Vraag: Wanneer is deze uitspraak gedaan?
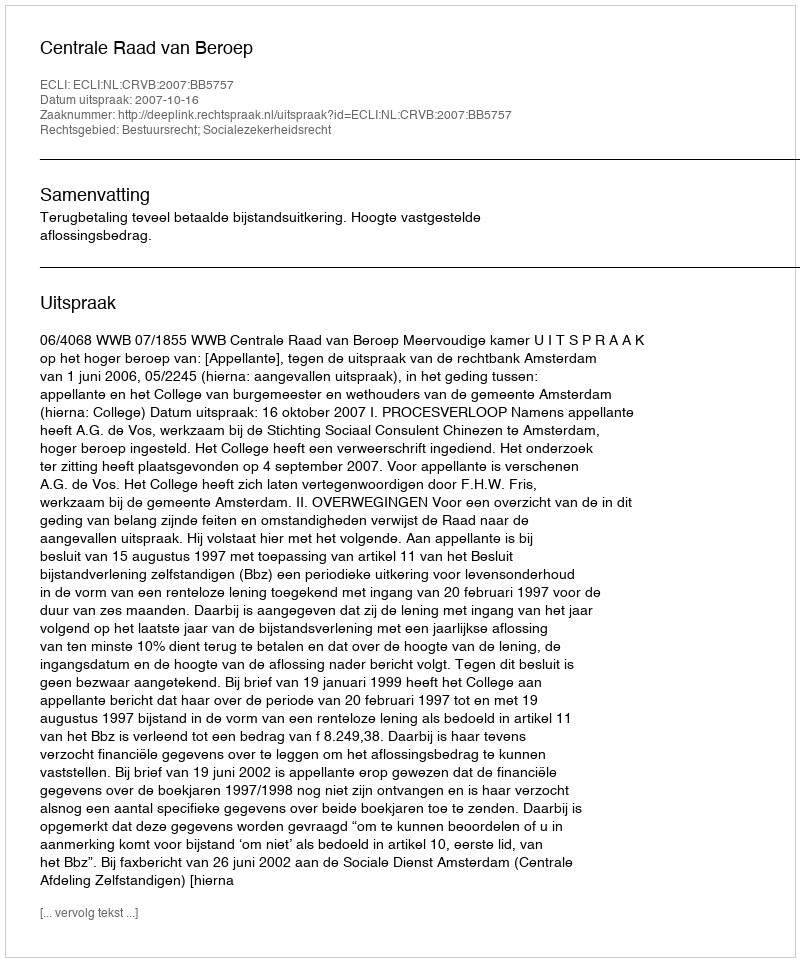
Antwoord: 2007-10-16